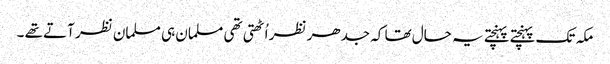
مکہ تک پہنچتے پہنچتے یہ حال تھا کہ جدھر نظر اُٹھتی تھی مسلمان ہی مسلمان نظر آتے تھے ۔